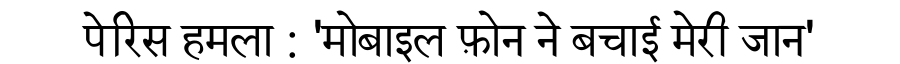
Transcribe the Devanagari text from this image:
पेरिस हमला : 'मोबाइल फ़ोन ने बचाई मेरी जान'